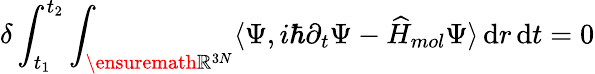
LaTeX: \delta\int_{t_{1}}^{t_{2}}\int_{\ensuremath{\mathbb{R}}^{3N}}\langle\Psi,i\hbar\partial_{t}\Psi-\widehat H_{mol}\Psi\rangle\, \mathrm{d}r\, {\mathrm{d}t=0}